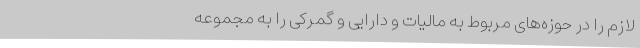
لازم را در حوزه‌های مربوط به مالیات و دارایی و گمرکی را به مجموعه